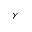
\gamma